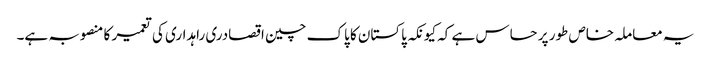
یہ معاملہ خاص طور پر حساس ہے کہ کیونکہ پاکستان کا پاک چین اقصادری راہداری کی تعمیر کا منصوبہ ہے۔